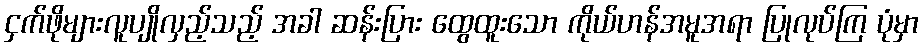
ငှက်ဖိုများလူပျိုလှည့်သည့် အခါ ဆန်းပြား ထွေထူးသော ကိုယ်ဟန်အမူအရာ ပြုလုပ်ကြ ပုံမှာ